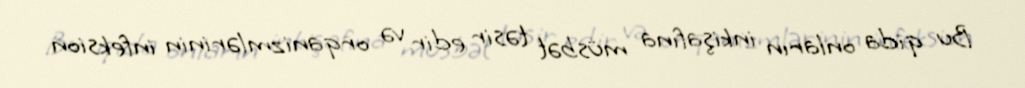
Bu qida onların inkişafına müsbət təsir edir və orqanizmlərinin infeksion